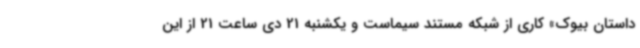
داستان بیوک» کاری از شبکه مستند سیماست و یکشنبه 21 دی ساعت 21 از این